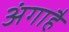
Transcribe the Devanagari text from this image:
अंगाहै